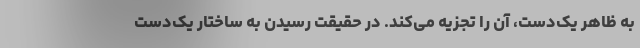
به ظاهر یک‌دست، آن را تجزیه می‌کند. در حقیقت رسیدن به ساختار یک‌دست